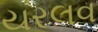
યરલવ